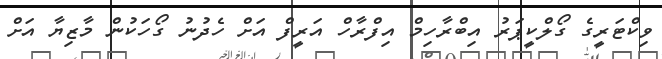
ވިކްޓަރީގެ ގޯލްކީޕަރު އިބްރާހިމް އިފްރާހް އަރީފް އަށް ހެދުނު ގޯހަކުން މާޒިޔާ އަށް